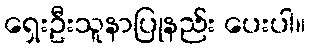
ရှေးဦးသူနာပြုနည်း ပေးပါ။